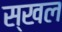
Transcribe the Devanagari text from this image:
स्खल